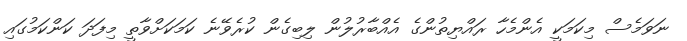
ނަވަމެސް މިކަމަކީ އެންމެހާ ރައްޔިތުންގެ އެއްބާރުލުން ލިބިގެން ކުރެވޭނެ ކަމަކަށްވާތީ މިފަދަ ކަންކަމުގައި